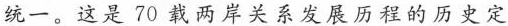
统一。这是70载两岸关系发展历程的历史定